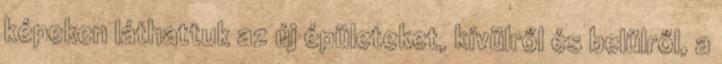
képeken láthattuk az új épületeket, kívülről és belülről, a